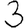
Digit: 3